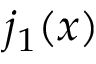
j _ { 1 } ( x )